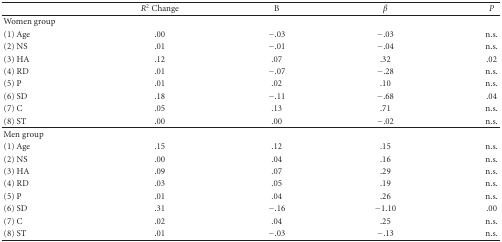
<table><thead><tr><td></td><td><b><i>R</i>2 Change</b></td><td><b>B</b></td><td><b><i>β</i></b></td><td><b><i>P</i></b></td></tr></thead><tbody><tr><td>Women group</td><td></td><td></td><td></td><td></td></tr><tr><td>(1) Age</td><td>.00</td><td>−.03</td><td>−.03</td><td>n.s.</td></tr><tr><td>(2) NS</td><td>.01</td><td>−.01</td><td>−.04</td><td>n.s.</td></tr><tr><td>(3) HA</td><td>.12</td><td>.07</td><td>.32</td><td>.02</td></tr><tr><td>(4) RD</td><td>.01</td><td>−.07</td><td>−.28</td><td>n.s.</td></tr><tr><td>(5) P</td><td>.01</td><td>.02</td><td>.10</td><td>n.s.</td></tr><tr><td>(6) SD</td><td>.18</td><td>−.11</td><td>−.68</td><td>.04</td></tr><tr><td>(7) C</td><td>.05</td><td>.13</td><td>.71</td><td>n.s.</td></tr><tr><td>(8) ST</td><td>.00</td><td>.00</td><td>−.02</td><td>n.s. </td></tr><tr><td>Men group</td><td></td><td></td><td></td><td></td></tr><tr><td>(1) Age</td><td>.15</td><td>.12</td><td>.15</td><td>n.s.</td></tr><tr><td>(2) NS</td><td>.00</td><td>.04</td><td>.16</td><td>n.s.</td></tr><tr><td>(3) HA</td><td>.09</td><td>.07</td><td>.29</td><td>n.s.</td></tr><tr><td>(4) RD</td><td>.03</td><td>.05</td><td>.19</td><td>n.s.</td></tr><tr><td>(5) P</td><td>.01</td><td>.04</td><td>.26</td><td>n.s.</td></tr><tr><td>(6) SD</td><td>.31</td><td>−.16</td><td>−1.10</td><td>.00</td></tr><tr><td>(7) C</td><td>.02</td><td>.04</td><td>.25</td><td>n.s.</td></tr><tr><td>(8) ST</td><td>.01</td><td>−.03</td><td>−.13</td><td>n.s.</td></tr></tbody></table>